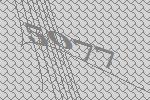
5077